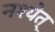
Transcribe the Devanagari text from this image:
नश्येत्